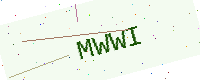
Text: MWWI